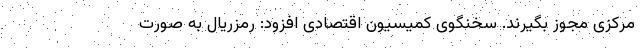
مرکزی مجوز بگیرند. سخنگوی کمیسیون اقتصادی افزود: رمزریال به صورت